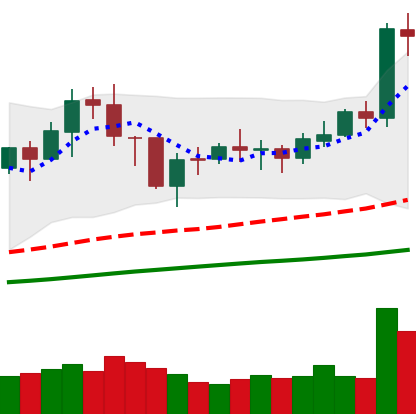
Ticker: BNB-USD
Chart end date: 2021-02-02
Forward return: 34.343%
Label: up_7plus